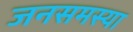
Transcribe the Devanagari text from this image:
जनसमस्या